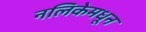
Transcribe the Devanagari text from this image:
नलिकेमधून